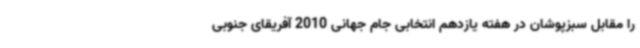
را مقابل سبزپوشان در هفته یازدهم انتخابی جام جهانی 2010 آفریقای جنوبی